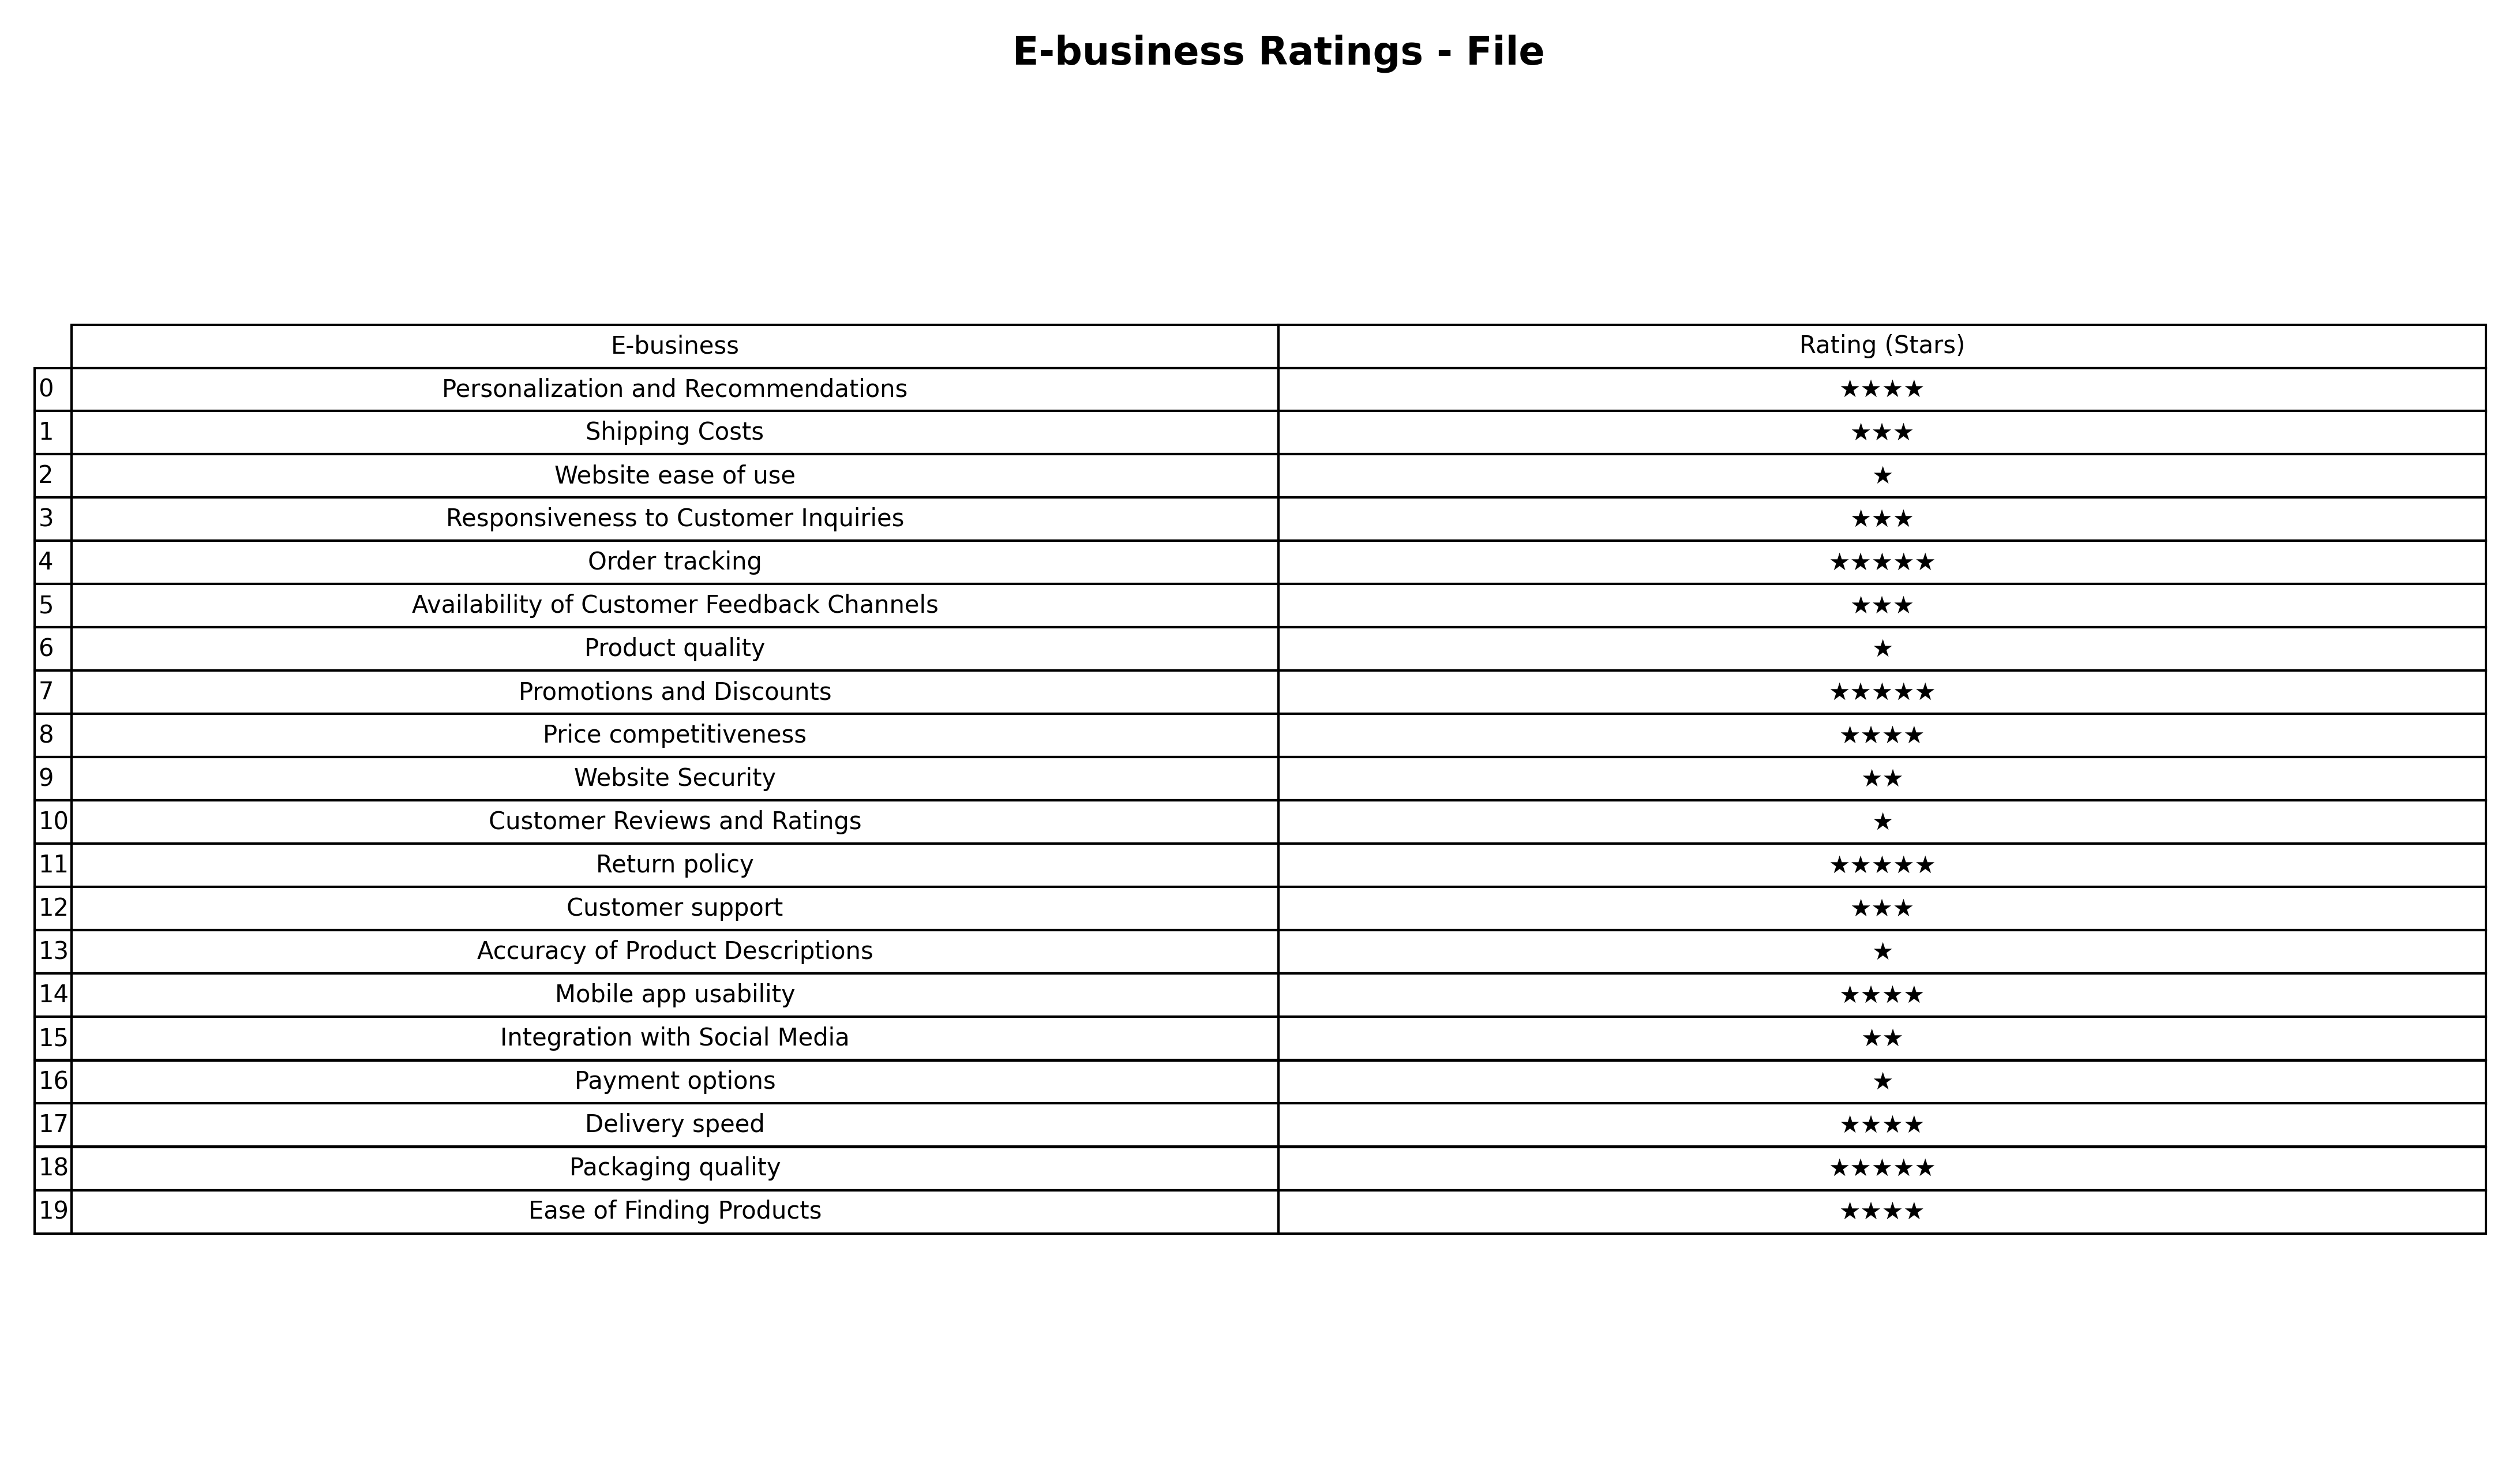
question: What are two star services?
answer: Website SecurityIntegration with Social Media